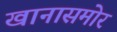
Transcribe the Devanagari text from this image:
खानासमोर